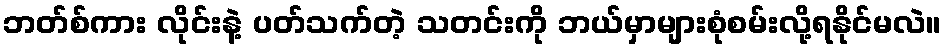
ဘတ်စ်ကား လိုင်းနဲ့ ပတ်သက်တဲ့ သတင်းကို ဘယ်မှာများစုံစမ်းလို့ရနိုင်မလဲ။